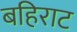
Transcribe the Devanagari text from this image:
बहिराट